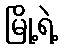
မြို့ရဲ့